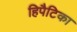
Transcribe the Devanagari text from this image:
हिपैटिका